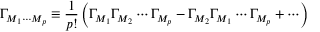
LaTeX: \Gamma _ { M _ { 1 } \cdots M _ { p } } \equiv \frac { 1 } { p ! } \left( \Gamma _ { M _ { 1 } } \Gamma _ { M _ { 2 } } \cdots \Gamma _ { M _ { p } } - \Gamma _ { M _ { 2 } } \Gamma _ { M _ { 1 } } \cdots \Gamma _ { M _ { p } } + \cdots \right)